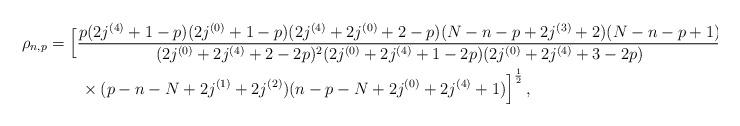
LaTeX: \begin{align*}\rho_{n,p} &= \Big[{\frac{p(2j^{(4)}+1-p)(2j^{(0)}+1-p)(2j^{(4)}+2j^{(0)}+2-p)(N-n-p+2j^{(3)}+2)(N-n-p+1) }{(2j^{(0)}+2j^{(4)} +2-2p)^2(2j^{(0)}+2j^{(4)}+1-2p)(2j^{(0)}+2j^{(4)}+3-2p) } } \\ &\qquad\times { (p-n-N+2j^{(1)}+2j^{(2)})(n-p-N +2j^{(0)}+2j^{(4)}+1) }\Big]^{\frac12}\,, \end{align*}